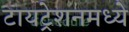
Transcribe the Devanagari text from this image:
टायट्रेशनमध्ये